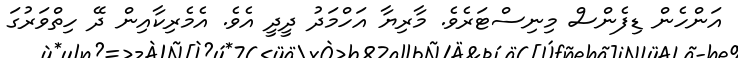
އަންހެން ޑިފެންސް މިނިސްޓަރެވެ. މާރިޔާ އަހްމަދު ދީދީ އެވެ. އެމެރިކާއިން ދޭ ހިތްވަރުގަ